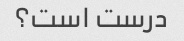
درست است؟